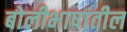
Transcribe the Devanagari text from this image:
बोलीभाषांतील